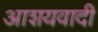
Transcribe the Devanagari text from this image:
आशयवादी